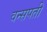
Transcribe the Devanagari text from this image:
वन्सपती